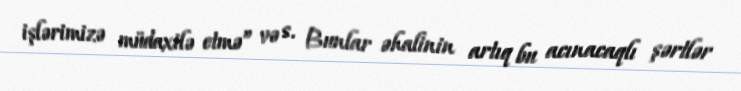
işlərimizə müdaxilə etmə” və s. Bunlar əhalinin artıq bu acınacaqlı şərtlər